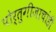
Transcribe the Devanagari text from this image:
पोर्तुगीजाचांही